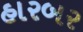
હારબર